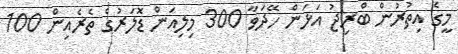
މީގެ އިތުރުން ބްރިޖު އަޅަން ހޭދަވާ 300 މިލިއަން ޑޮލަރުގެ ތެރެއިން 100